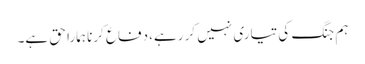
ہم جنگ کی تیاری نہیں کر رہے، دفاع کرنا ہمارا حق ہے۔